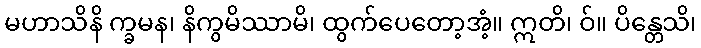
မဟာသိနိ က္ခမန၊ နိကွမိဿာမိ၊ ထွက်ပေတော့အံ့။ ဣတိ၊ ဝ်။ ပိန္တေသိ၊